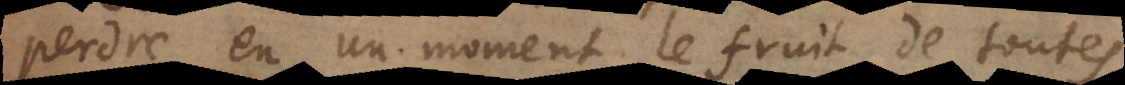
perdre en un moment le fruit de toutes